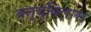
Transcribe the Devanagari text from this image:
वन्य्विलास